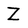
Character: Z